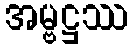
အမ္ဗဋ္ဌဿ